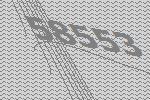
58553